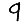
Digit: 9